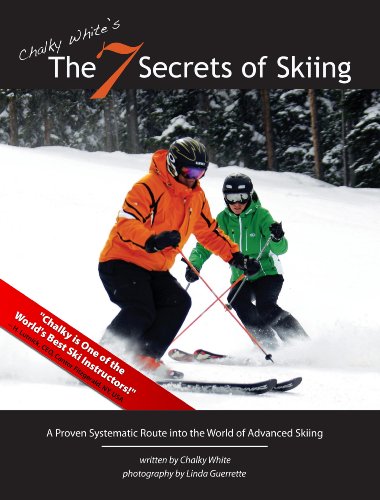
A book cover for Chalky White's The 7 Secrets of Skiing: A Proven Systematic Route into the World of Advanced/Expert Skiing; Chalky White; Sports & Outdoors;